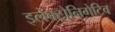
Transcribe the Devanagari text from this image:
इलेक्ट्रोनिगेटिव